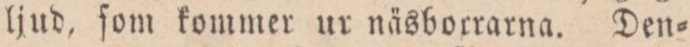
ljud, ſom kommer ur näsborrarna. Den=